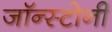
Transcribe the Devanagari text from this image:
जॉन्स्टोनी